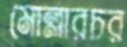
মোল্লারচর